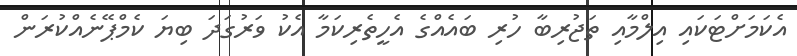
އެކަމަށްޓަކައި އިލްމާއި ތަޖުރިބާ ހުރި ބައެއްގެ އެހީތެރިކަމާ އެކު ވަރުގަދަ ބިޔަ ކެމްޕޭނެއްކުރަން